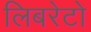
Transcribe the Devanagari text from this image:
लिबरेटो